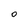
Character: O